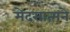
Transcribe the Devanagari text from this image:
मेदसात्मने